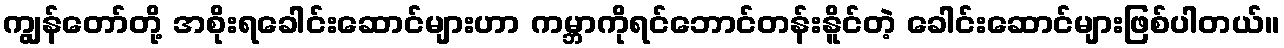
ကျွန်တော်တို့ အစိုးရခေါင်းဆောင်များဟာ ကမ္ဘာကိုရင်ဘောင်တန်းနိူင်တဲ့ ခေါင်းဆောင်များဖြစ်ပါတယ်။